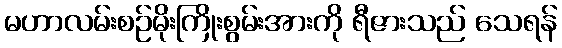
မဟာလမ်းစဉ်မိုးကြိုးစွမ်းအားကို ရီဇားသည် သေရန်